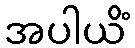
အပါယိံ